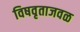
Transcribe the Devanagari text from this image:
विषवृताजवळ